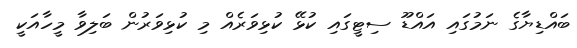
ބައްޑިޔާގެ ނަމުގައި އައްޑޫ ސިޓީގައި ކުޅޭ ކުޅިވަރެއް މި ކުޅިވަރުން ބަލިވާ މީހާއަކީ